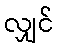
လျှင်